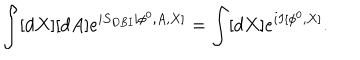
\int [ d X ] [ d A ] e ^ { i S _ { D B I } [ \phi ^ { 0 } , A , X ] } = \int [ d X ] e ^ { i I [ \phi ^ { 0 } , X ] } .